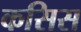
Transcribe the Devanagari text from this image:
कसिस